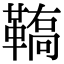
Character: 𩌚